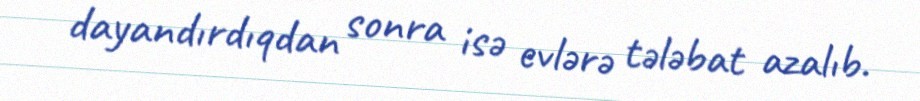
dayandırdıqdan sonra isə evlərə tələbat azalıb.